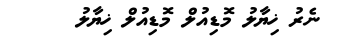
ނެރު ޚިޔާލު މޮޑިއުލް މޮޑިއުލް ޚިޔާލު